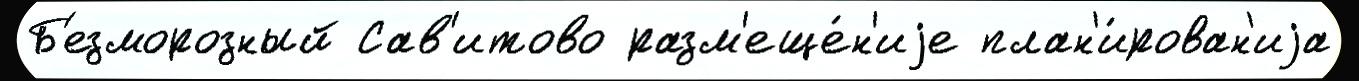
Б'езморозный Сав'итово разм'еще́н'иjе план'и́рован'иjа